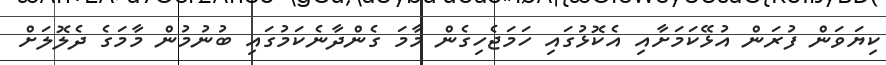
ކިޔަވަން ފުރަން އުޅޭކަމަށާއި އެކޮޅުގައި ހަމަޖެހިގެން މާމަ ގެންދާނެކަމުގައި ބުނުމުން މާމަގެ ދެލޮލަށް